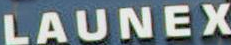
LAUNEX